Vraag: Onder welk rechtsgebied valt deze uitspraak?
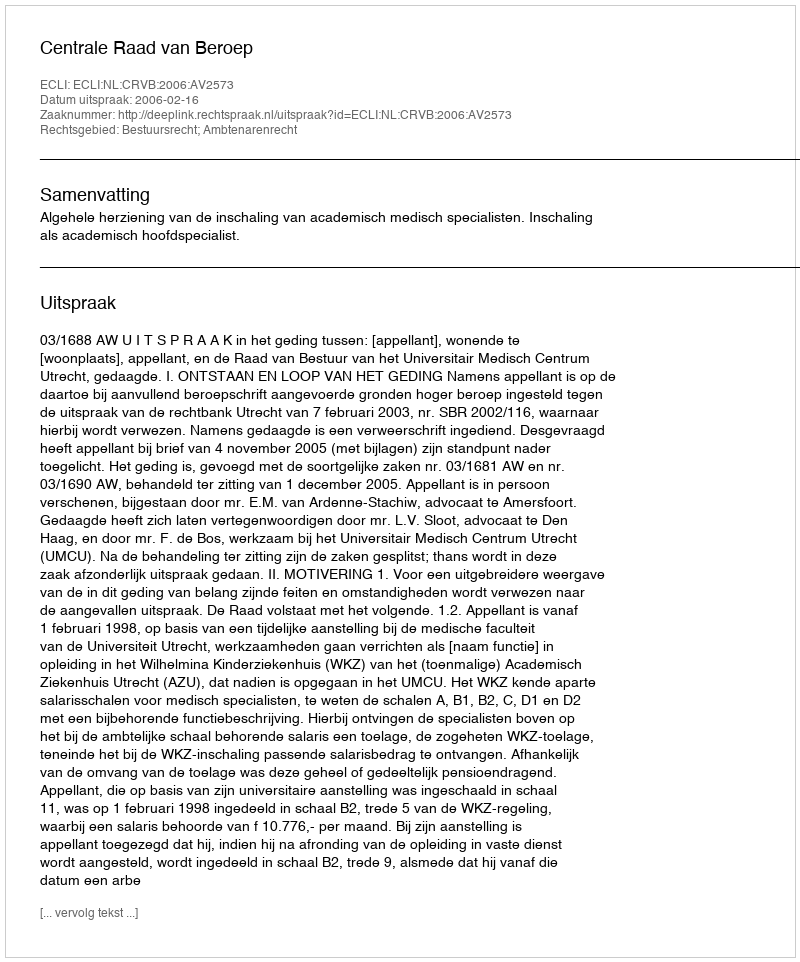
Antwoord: Bestuursrecht; Ambtenarenrecht